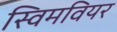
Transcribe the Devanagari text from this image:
स्विमवियर